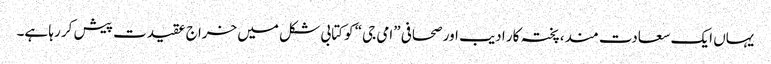
یہاں ایک سعادت مند، پختہ کار ادیب اور صحافی ”امی جی“ کو کتابی شکل میں خراج عقیدت پیش کر رہا ہے۔